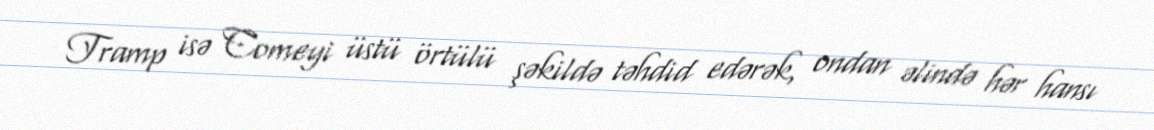
Tramp isə Comeyi üstü örtülü şəkildə təhdid edərək, ondan əlində hər hansı